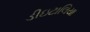
ડીઇટાલિયા